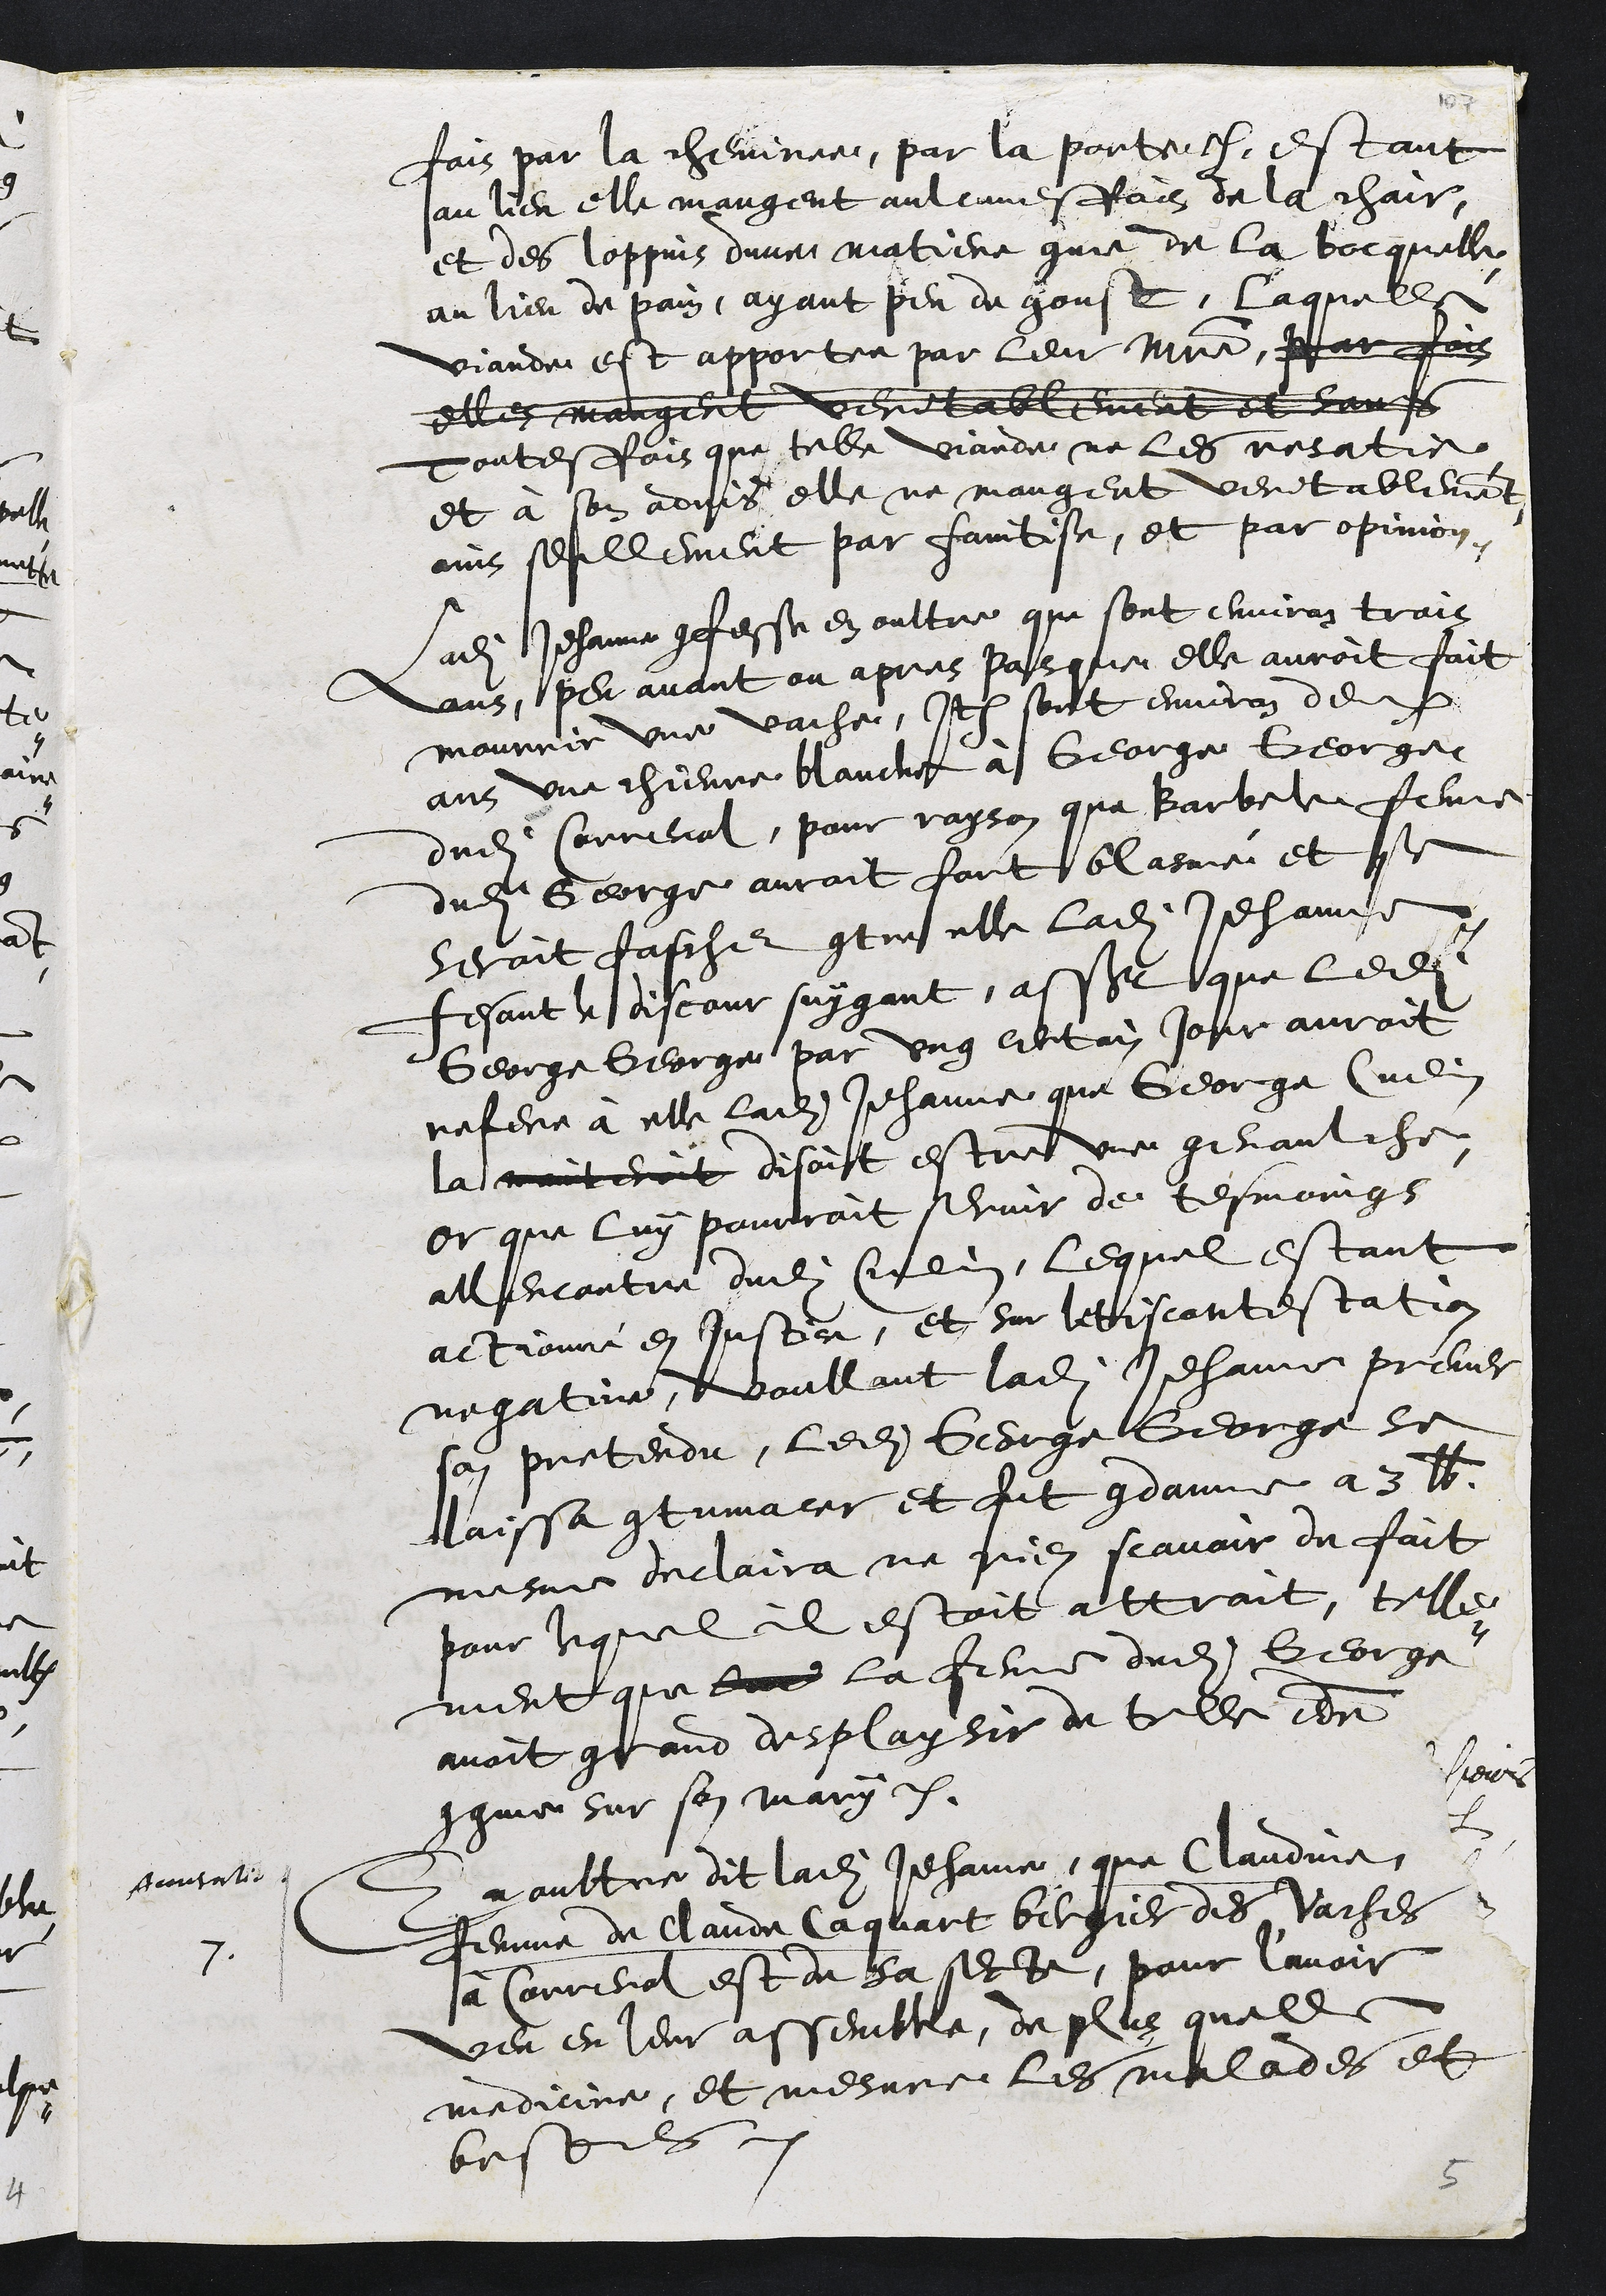
fois par la cheminee, par la porte. Estant
au lieu elle mangent aulcunesfois de la chair,
et des loppins dune matiere comme de la bocquelle
au lieu de pain, ayant peu de goust, laquelle
viande est apportee par le maistre, par fois
elles mangent veritablement et sans
Toutesfois que telle viande ne les resatie
et à son advis elle ne mangent veritablement
ains seullement par faintise, et par opinion.
Ladite Jehanne confesse en oultre que sont environ trois
ans peu avant ou apres pasque elle auroit fait
mourrir une vache, Item sont environ deux
ans une chievre blanche à George George
dudit Correnol, pour rayson que Barbele femme
dudit George auroit fort blasmé et se
seroit fasche contre elle ladite Jehanne
fesant le discour suygant, assavoir que ledit
George George par ung certain jour auroit
refere à elle ladite Jehanne que George Cuenin
la maintenoit disoit estre une genaulche
Or que luy pourroit servir de tesmoings
allencontre dudit Cuenin, lequel estant
actionné en justice, et sur litis contestation
negative, voullant ladite Jehanne prever
son pretendu, ledit George George se
laissa contumacer et fut condamne à 3 lb
mesme declaira ne rien scavoir du fait
pour lequel il estoit attrait, telle¬
ment que lune la femme dudit George
avoit grand desplaysir de telle Terme
congnue sur son mary.
Accusatio
En oultre dit ladite Jehanne,
7
que Claudine,
femme de Claude Caquart bergier des vaches
à Correnol est de sa secte, pour l'avoir
veu en leur assemblee, de plus quelle
medicine, et mesure les malades et
bestes.
5